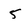
Character: 5